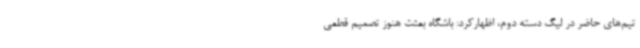
تیم‌های حاضر در لیگ دسته دوم، اظهارکرد: باشگاه بعثت هنوز تصمیم قطعی